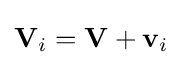
\mathbf {V} _{i}=\mathbf {V} +\mathbf {v} _{i}